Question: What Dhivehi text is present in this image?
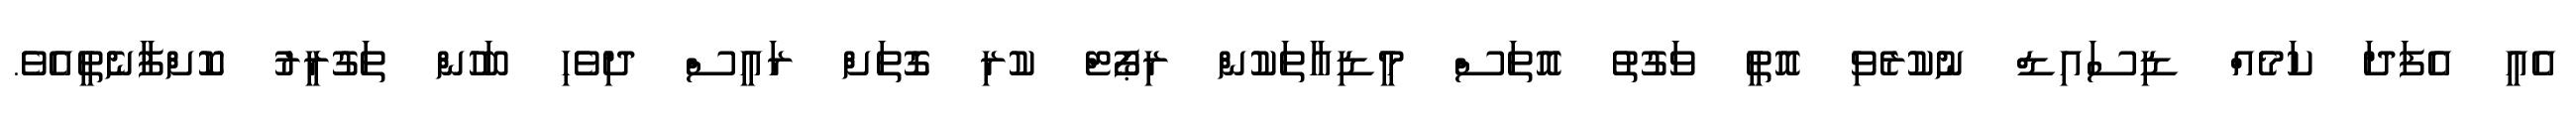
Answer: އެއީ އެފަދަ ކަމެއް ޑިސައިޑް ނުކުރެވި އޮތީ ވަގުތު އޮތަސް މީޑިއާތަކުން ރިޕޯޓް ކުރި ގޮތަށް ރައީސް ދިވެހި ބަހުން ތަގުރީރު ކޮށްފާނެތީއެވެ.